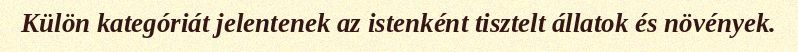
Külön kategóriát jelentenek az istenként tisztelt állatok és növények.